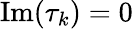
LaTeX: \mathrm{Im}(\tau_{k})=0